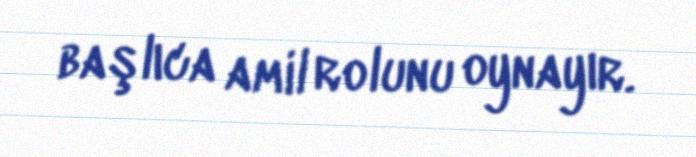
başlıca amil rolunu oynayır.